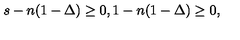
s - n ( 1 - \Delta ) \geq 0 , 1 - n ( 1 - \Delta ) \geq 0 ,